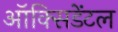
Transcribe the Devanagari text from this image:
ऑक्‍सिडेंटल